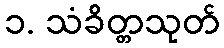
၁. သံခိတ္တသုတ်